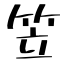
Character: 笠